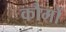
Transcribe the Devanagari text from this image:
कौमों